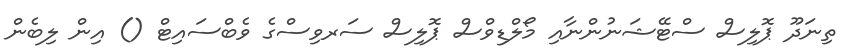
ތިނަދޫ ޕޮލިސް ސްޓޭޝަނުންނާއި މޯލްޑިވްސް ޕޮލިސް ސަރވިސްގެ ވެބްސައިޓް () އިން ލިބެން